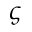
\varsigma